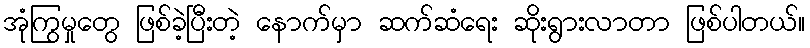
အုံကြွမှုတွေ ဖြစ်ခဲ့ပြီးတဲ့ နောက်မှာ ဆက်ဆံရေး ဆိုးရွားလာတာ ဖြစ်ပါတယ်။